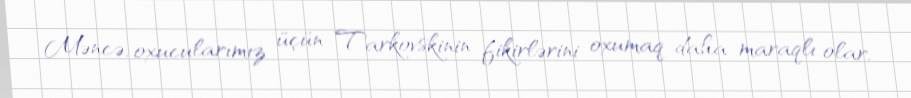
Məncə, oxucularımız üçün Tarkovskinin fikirlərini oxumaq daha maraqlı olar,